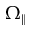
\Omega _ { \parallel }